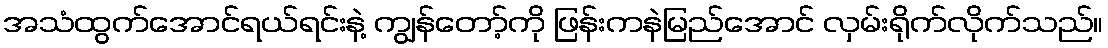
အသံထွက်အောင်ရယ်ရင်းနဲ့ ကျွန်တော့်ကို ဖြန်းကနဲမြည်အောင် လှမ်းရိုက်လိုက်သည်။